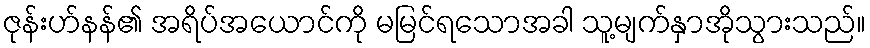
ဇုန်းဟ်နန်၏ အရိပ်အယောင်ကို မမြင်ရသောအခါ သူ့မျက်နှာအိုသွားသည်။